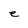
Character: e